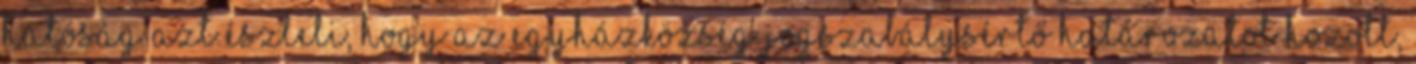
hatóság azt észleli, hogy az egyházközség jogszabálysértő határozatot hozott,